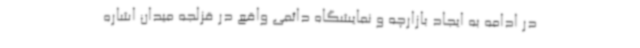
در ادامه به ایجاد بازارچه و نمایشگاه دائمی واقع در قزلجه میدان اشاره